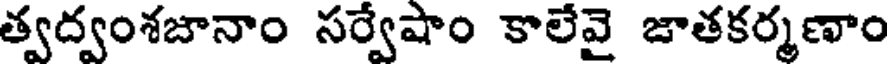
త్వద్వంశజానాం సర్వేషాం కాలేవై జాతకర్మణాం